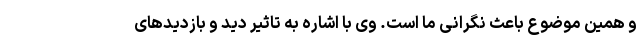
و همین موضوع باعث نگرانی ما است. وی با اشاره به تاثیر دید و بازدیدهای